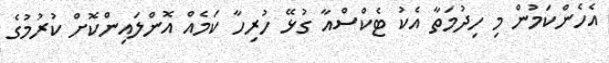
އެހެންކަމުން މި ހިދުމަތާ އެކު ޓެކްސްއާ ގުޅޭ ހުރިހާ ކަމެއް އޮންލައިންކޮށް ކުރުމުގެ